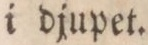
i djupet.